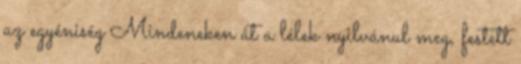
az egyéniség Mindeneken át a lélek nyilvánul meg, festett